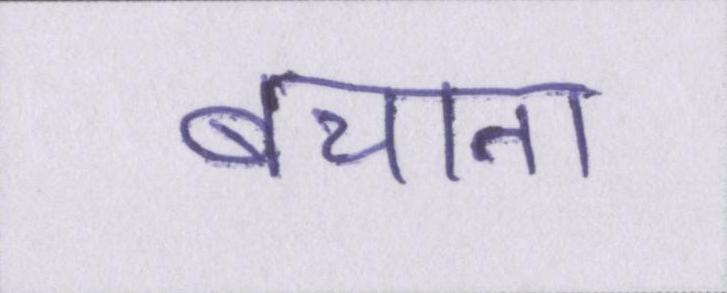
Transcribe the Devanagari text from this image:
बचाना